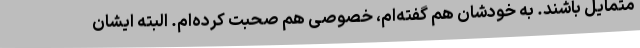
متمایل باشند. به خودشان هم گفته‌ام، خصوصی هم صحبت کرده‌ام. البته ایشان